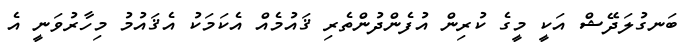
ބަނގުލަދޭޝް އަކީ މީގެ ކުރިން އުފެންދުންތެރި ޤައުމެއް އެކަމަކު އެޤައުމު މިހާރުވަނީ އެ